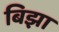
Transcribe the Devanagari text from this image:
बिझा